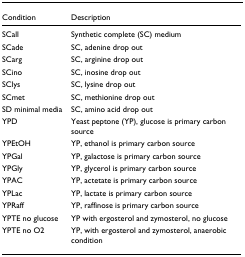
<table><thead><tr><td><b>Condition</b></td><td><b>Description</b></td></tr></thead><tbody><tr><td>SCall</td><td>Synthetic complete (SC) medium</td></tr><tr><td>SCade</td><td>SC, adenine drop out</td></tr><tr><td>SCarg</td><td>SC, arginine drop out</td></tr><tr><td>SCino</td><td>SC, inosine drop out</td></tr><tr><td>SClys</td><td>SC, lysine drop out</td></tr><tr><td>SCmet</td><td>SC, methionine drop out</td></tr><tr><td>SD minimal media</td><td>SC, amino acid drop out</td></tr><tr><td>YPD</td><td>Yeast peptone (YP), glucose is primary carbon source</td></tr><tr><td>YPEtOH</td><td>YP, ethanol is primary carbon source</td></tr><tr><td>YPGal</td><td>YP, galactose is primary carbon source</td></tr><tr><td>YPGly</td><td>YP, glycerol is primary carbon source</td></tr><tr><td>YPAC</td><td>YP, actetate is primary carbon source</td></tr><tr><td>YPLac</td><td>YP, lactate is primary carbon source</td></tr><tr><td>YPRaff</td><td>YP, raffinose is primary carbon source</td></tr><tr><td>YPTE no glucose</td><td>YP with ergosterol and zymosterol, no glucose</td></tr><tr><td>YPTE no O2</td><td>YP, with ergosterol and zymosterol, anaerobic condition</td></tr></tbody></table>